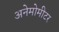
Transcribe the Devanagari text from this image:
अनेमोमीटर